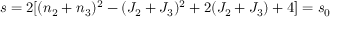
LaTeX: s = 2 [ ( n _ { 2 } + n _ { 3 } ) ^ { 2 } - ( J _ { 2 } + J _ { 3 } ) ^ { 2 } + 2 ( J _ { 2 } + J _ { 3 } ) + 4 ] = s _ { 0 }